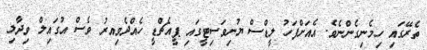
ތެރޭގައި ހިމެނިގެންނެވެ. އެއަށްފަހު ލީޑްސް ޔުނިވަސިޓީގައި ޕީއެޗްޑީ ހެއްދެވިއރު ވެސް އުގައިލް ވިދާލި